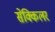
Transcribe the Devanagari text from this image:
सेक्किलर